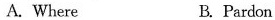
A. Where B. Pardon